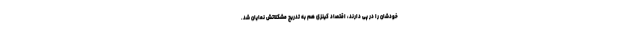
خودشان را در پی دارند، اقتصاد کینزی هم به تدریج مشکلاتش نمایان شد.